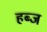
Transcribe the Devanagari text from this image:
हब्ज